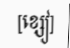
[ខ្សៀ]